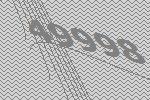
49998